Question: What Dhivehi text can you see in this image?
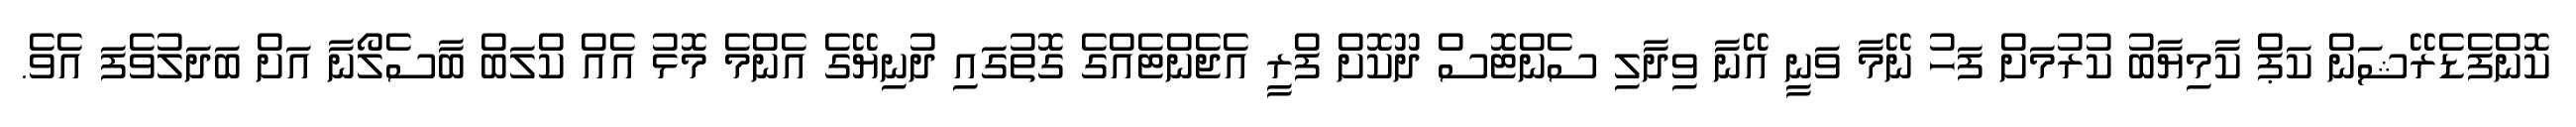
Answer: ކޮންފެޑެރޭޝަން ކަޕް ކާމިޔާބު ކުރުމަށް ފަހު ނޭމާ ވަނީ އޭނާ ވިދާލި ސެންޓޮސް ދޫކޮށް ފްރީ އެޖެންޓެއްގެ ގޮތުގައި ދުނިޔޭގެ އެންމެ މޮޅު އެއް ކްލަބް ބާސެލޯނާ އަށް ބަދަލުވެފަ އެވެ.